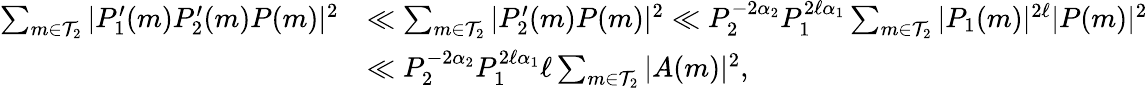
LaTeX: \begin{array}{rl}{\sum_{m\in\mathcal{T}_{2}}|P_{1}^{\prime}(m)P_{2}^{\prime}(m)P(m)|^{2}}&{\ll\sum_{m\in\mathcal{T}_{2}}|P_{2}^{\prime}(m)P(m)|^{2}\ll P_{2}^{-2\alpha_{2}}P_{1}^{2\ell\alpha_{1}}\sum_{m\in\mathcal{T}_{2}}|P_{1}(m)|^{2\ell}|P(m)|^{2}}\\ &{\ll P_{2}^{-2\alpha_{2}}P_{1}^{2\ell\alpha_{1}}\ell\sum_{m\in\mathcal{T}_{2}}|A(m)|^{2},}\end{array}